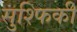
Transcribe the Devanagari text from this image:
सुश्फिकी